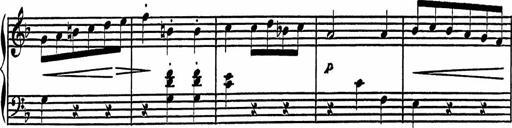
Title: 4 Piano Sonatinas
Composer: Adam Geibel